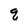
Character: q